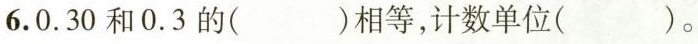
6.0.30和0.3的( )相等，计数单位( )。